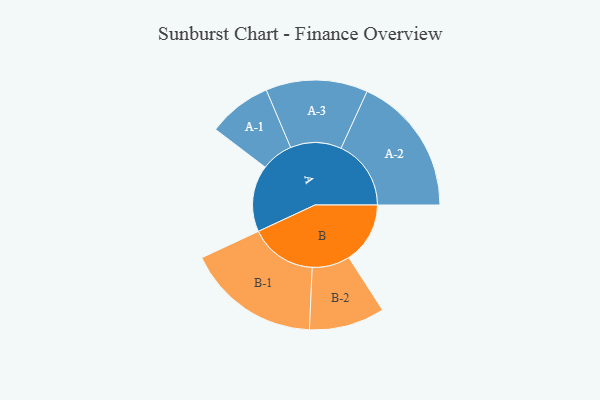
{"axis": {"x": "Segment", "y": "Value"}, "legend": ["", "A", "B"], "data": [{"x": "A", "y": 213, "type": ""}, {"x": "B", "y": 196, "type": ""}, {"x": "A-1", "y": 102, "type": "A"}, {"x": "A-2", "y": 224, "type": "A"}, {"x": "A-3", "y": 163, "type": "A"}, {"x": "B-1", "y": 214, "type": "B"}, {"x": "B-2", "y": 121, "type": "B"}]}